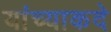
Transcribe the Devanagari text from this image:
यांच्याकदे